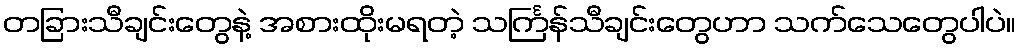
တခြားသီချင်းတွေနဲ့ အစားထိုးမရတဲ့ သင်္ကြန်သီချင်းတွေဟာ သက်သေတွေပါပဲ။